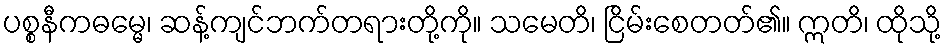
ပစ္စနီကဓမ္မေ၊ ဆန့်ကျင်ဘက်တရားတို့ကို။ သမေတိ၊ ငြိမ်းစေတတ်၏။ ဣတိ၊ ထိုသို့